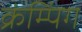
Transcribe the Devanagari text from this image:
क्रंम्पिंग